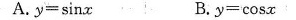
A.$$y = \sin x$$ B.$$y = \cos x$$